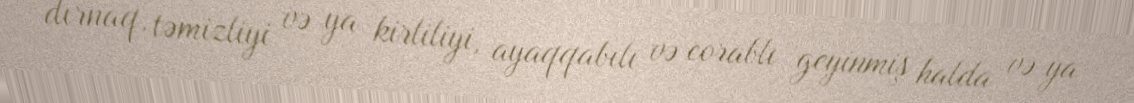
dırnaq, təmizliyi və ya kirliliyi, ayaqqabılı və corablı geyinmiş halda və ya